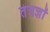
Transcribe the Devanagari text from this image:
तंत्रज्ञों